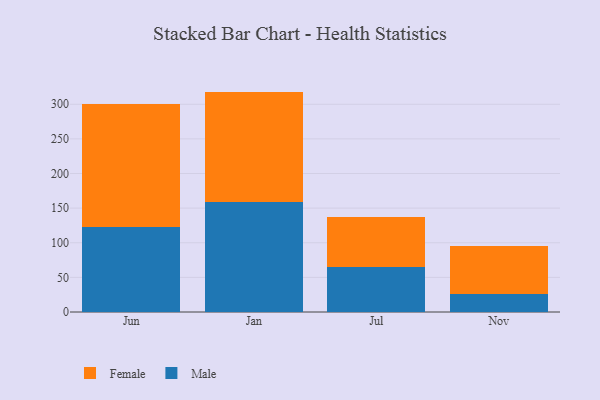
{"axis": {"x": "Month", "y": "Satisfaction Score"}, "legend": ["Female", "Male"], "data": [{"x": "Jun", "y": 123.4, "type": "Male"}, {"x": "Jun", "y": 176.8, "type": "Female"}, {"x": "Jan", "y": 158.6, "type": "Male"}, {"x": "Jan", "y": 159.7, "type": "Female"}, {"x": "Jul", "y": 65.3, "type": "Male"}, {"x": "Jul", "y": 71.7, "type": "Female"}, {"x": "Nov", "y": 25.3, "type": "Male"}, {"x": "Nov", "y": 69.4, "type": "Female"}]}